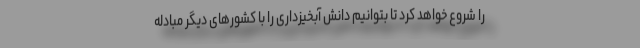
را شروع خواهد کرد تا بتوانیم دانش آبخیزداری را با کشورهای دیگر مبادله